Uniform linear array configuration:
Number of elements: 12
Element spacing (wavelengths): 0.5
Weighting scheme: uniform
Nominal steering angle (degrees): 0
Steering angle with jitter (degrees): -1.56
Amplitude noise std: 0.05
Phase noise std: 0.05

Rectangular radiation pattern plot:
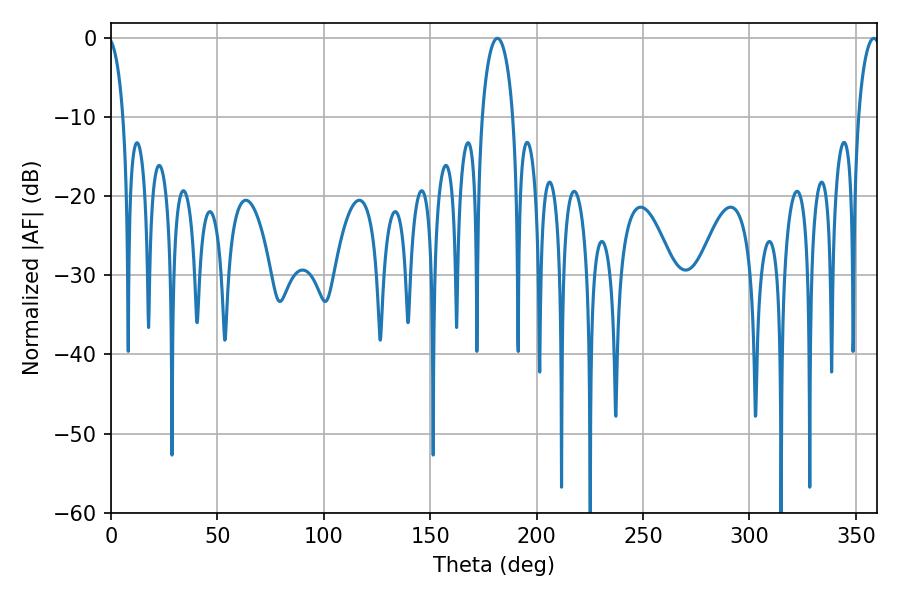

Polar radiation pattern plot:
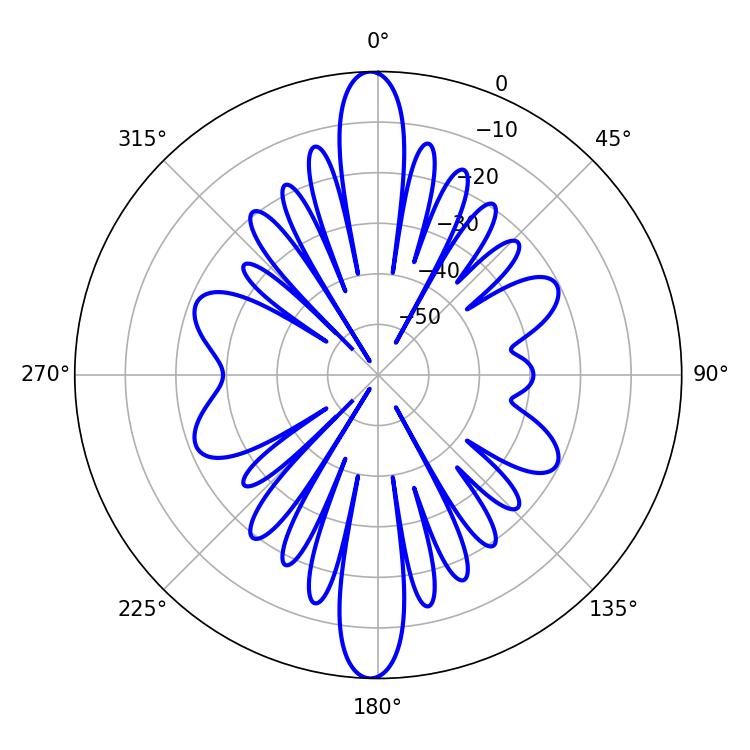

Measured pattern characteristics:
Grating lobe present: FALSE
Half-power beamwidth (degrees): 8.46
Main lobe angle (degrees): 181.62